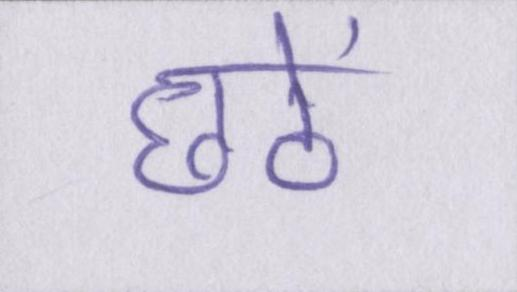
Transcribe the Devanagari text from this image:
छठें